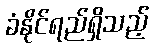
ခံနိုင်ရည်ရှိသည့်